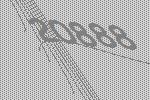
20888